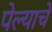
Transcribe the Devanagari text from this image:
पेल्याचे